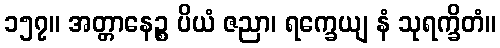
၁၅၇။ အတ္တာနေဉ္စ ပိယံ ဇညာ၊ ရက္ခေယျ နံ သုရက္ခိတံ။